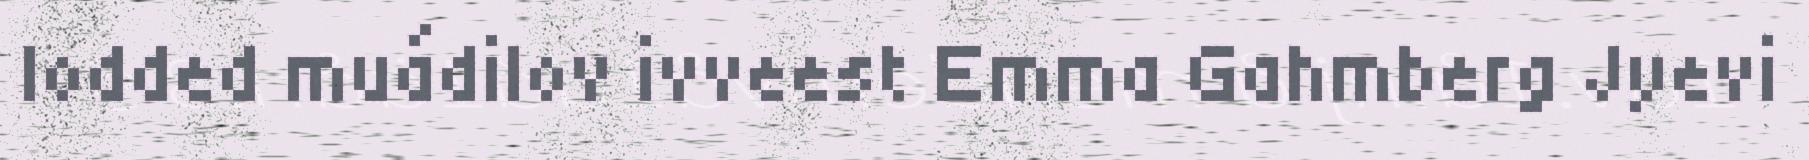
lodded muádilov ivveest Emma Gahmberg Jyevi